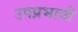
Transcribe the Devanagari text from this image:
उपप्रभावी